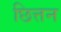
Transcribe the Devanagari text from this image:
छित्तन